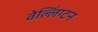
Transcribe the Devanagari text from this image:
वेल्लिंग्टन